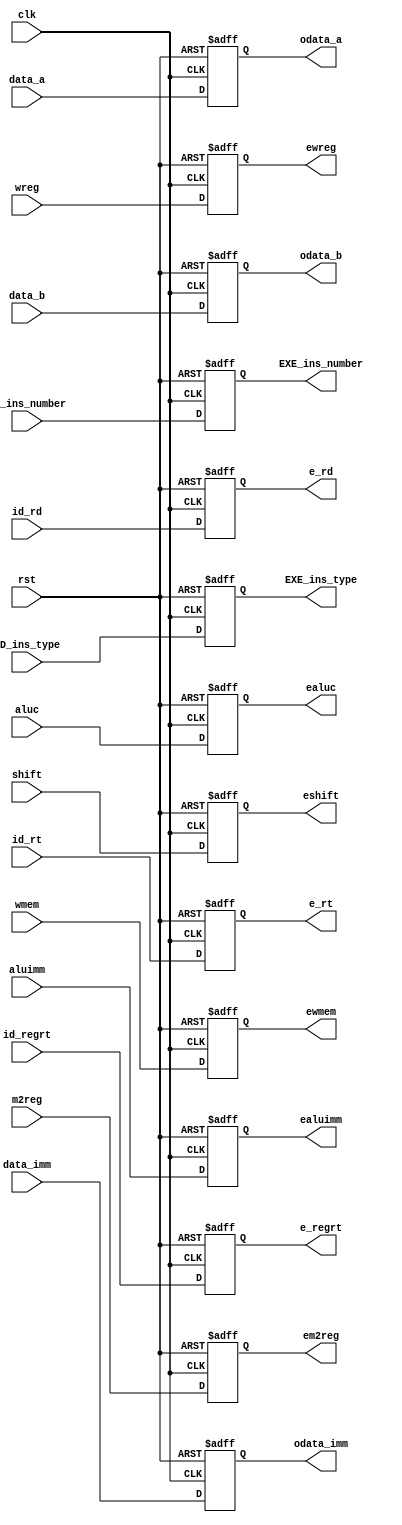
module Reg_ID_EXE(clk, rst, wreg, m2reg, wmem, aluc, shift, aluimm,  data_a, data_b, data_imm,
                    id_regrt,id_rt,id_rd,//inputs
                    ewreg,em2reg,   ewmem,ealuc, eshift, ealuimm, odata_a,odata_b, odata_imm,
                    e_regrt,e_rt,e_rd,
                    ID_ins_type, ID_ins_number, EXE_ins_type, EXE_ins_number);  //outputs
    input clk, rst;
    input wreg, m2reg, wmem, shift, aluimm;
    input [3:0]     aluc;
    input [31:0]    data_a, data_b, data_imm;
    input id_regrt;
    input [4:0]id_rt;
    input [4:0]id_rd;
    input[3:0]  ID_ins_type;
    input[3:0]  ID_ins_number;

    output  ewreg,  em2reg, ewmem,  eshift, ealuimm;
    output [3:0]    ealuc;
    output [31:0]   odata_a,odata_b,odata_imm;
    output e_regrt;
    output [4:0] e_rt;
    output [4:0] e_rd;
    output[3:0] EXE_ins_type;
    output[3:0] EXE_ins_number;
    
    reg[3:0] EXE_ins_type;
    reg[3:0] EXE_ins_number;
    reg     ewreg,  em2reg, ewmem,  eshift, ealuimm;
    reg [3:0]   ealuc;
    reg [31:0]  odata_a,odata_b,odata_imm;
    reg e_regrt;
    reg [4:0] e_rt;
    reg [4:0] e_rd;
    
    always@(posedge clk or posedge rst) begin
        if (rst) begin
            ewreg <= 0;
            em2reg <= 0;
            ewmem <= 0;
            eshift <= 0;
            ealuimm <= 0;
            ealuc <= 0;
            odata_a <= 0;
            odata_b <= 0;
            odata_imm <= 0;
            EXE_ins_type <= 0;
            EXE_ins_number <= 0;
            e_regrt <= 0;
            e_rt <= 0;
            e_rd <= 0;
        end
        else begin
            ewreg <= wreg;
            em2reg <= m2reg;
            ewmem <= wmem;
            eshift <= shift;
            ealuimm <= aluimm;
            ealuc <= aluc;
            odata_a <= data_a;
            odata_b <= data_b;
            odata_imm <= data_imm;
            EXE_ins_type <= ID_ins_type;
            EXE_ins_number <= ID_ins_number;
            e_regrt <= id_regrt;
            e_rt <= id_rt;
            e_rd <= id_rd;
        end
    end
endmodule